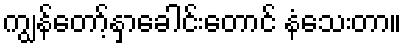
ကျွန်တော့်နှာခေါင်းတောင် နံသေးတာ။